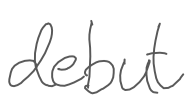
Text: debut
Cross-out: clean
Writing tool: digital_gray